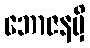
ဘောဇနမှိ